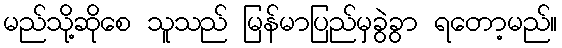
မည်သို့ဆိုစေ သူသည် မြန်မာပြည်မှခွဲခွာ ရတော့မည်။